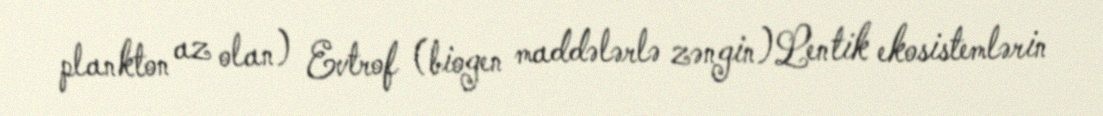
plankton az olan) Evtrof (biogen maddələrlə zəngin)Lentik ekosistemlərin